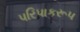
પરિપાકરૂપ